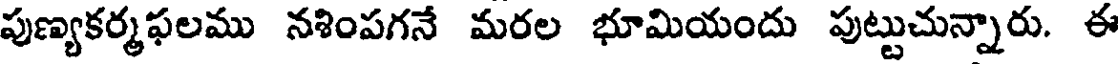
పుణ్యకర్మఫలము నశింపగనే మరల భూమియందు పుట్టుచున్నారు. ఈ